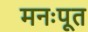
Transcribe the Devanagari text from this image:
मनःपूत